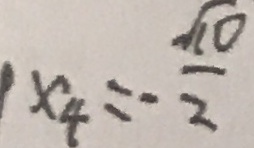
x _ { 4 } = - \frac { \sqrt { 1 0 } } { 2 }